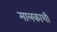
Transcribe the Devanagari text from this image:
मालकाशी